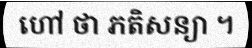
ហៅ ថា ភតិសន្យា ។